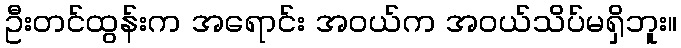
ဦးတင်ထွန်းက အရောင်း အဝယ်က အဝယ်သိပ်မရှိဘူး။